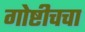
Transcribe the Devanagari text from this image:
गोष्टीचचा